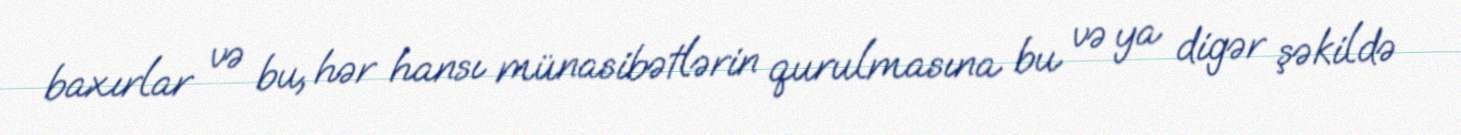
baxırlar və bu, hər hansı münasibətlərin qurulmasına bu və ya digər şəkildə